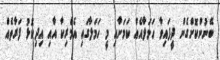
ބޭނުންކޮށްގެން ދީފައިވާ ހަމަލާއެއް ކަމަށާއި މީ ހަމަލާގައި އެމެރިކާ އާއި އިދިކޮޅު ފަރާތެއް